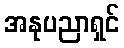
အနုပညာရှင်